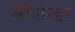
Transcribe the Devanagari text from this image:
मैकिन्डर